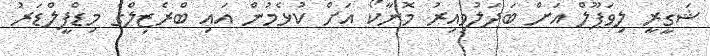
ޝަގީރީ ލިވަޕޫލް އަށް ބަދަލުވިއިރު މޮނާކޯ އަށް ކުޅެމުން އައި ބްރެޒިލްގެ މިޑްފީލްޑަރު